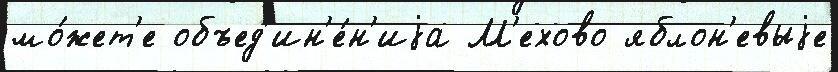
мо́жет'е объед'ин'е́н'иjа М'ехово яблон'евыjе